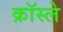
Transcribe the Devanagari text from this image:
क्रॉस्ले